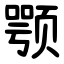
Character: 颚